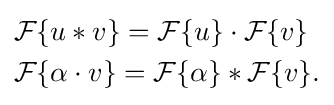
{\begin{aligned}&{\mathcal {F}}\{u*v\}={\mathcal {F}}\{u\}\cdot {\mathcal {F}}\{v\}\\&{\mathcal {F}}\{\alpha \cdot v\}={\mathcal {F}}\{\alpha \}*{\mathcal {F}}\{v\}.\end{aligned}}